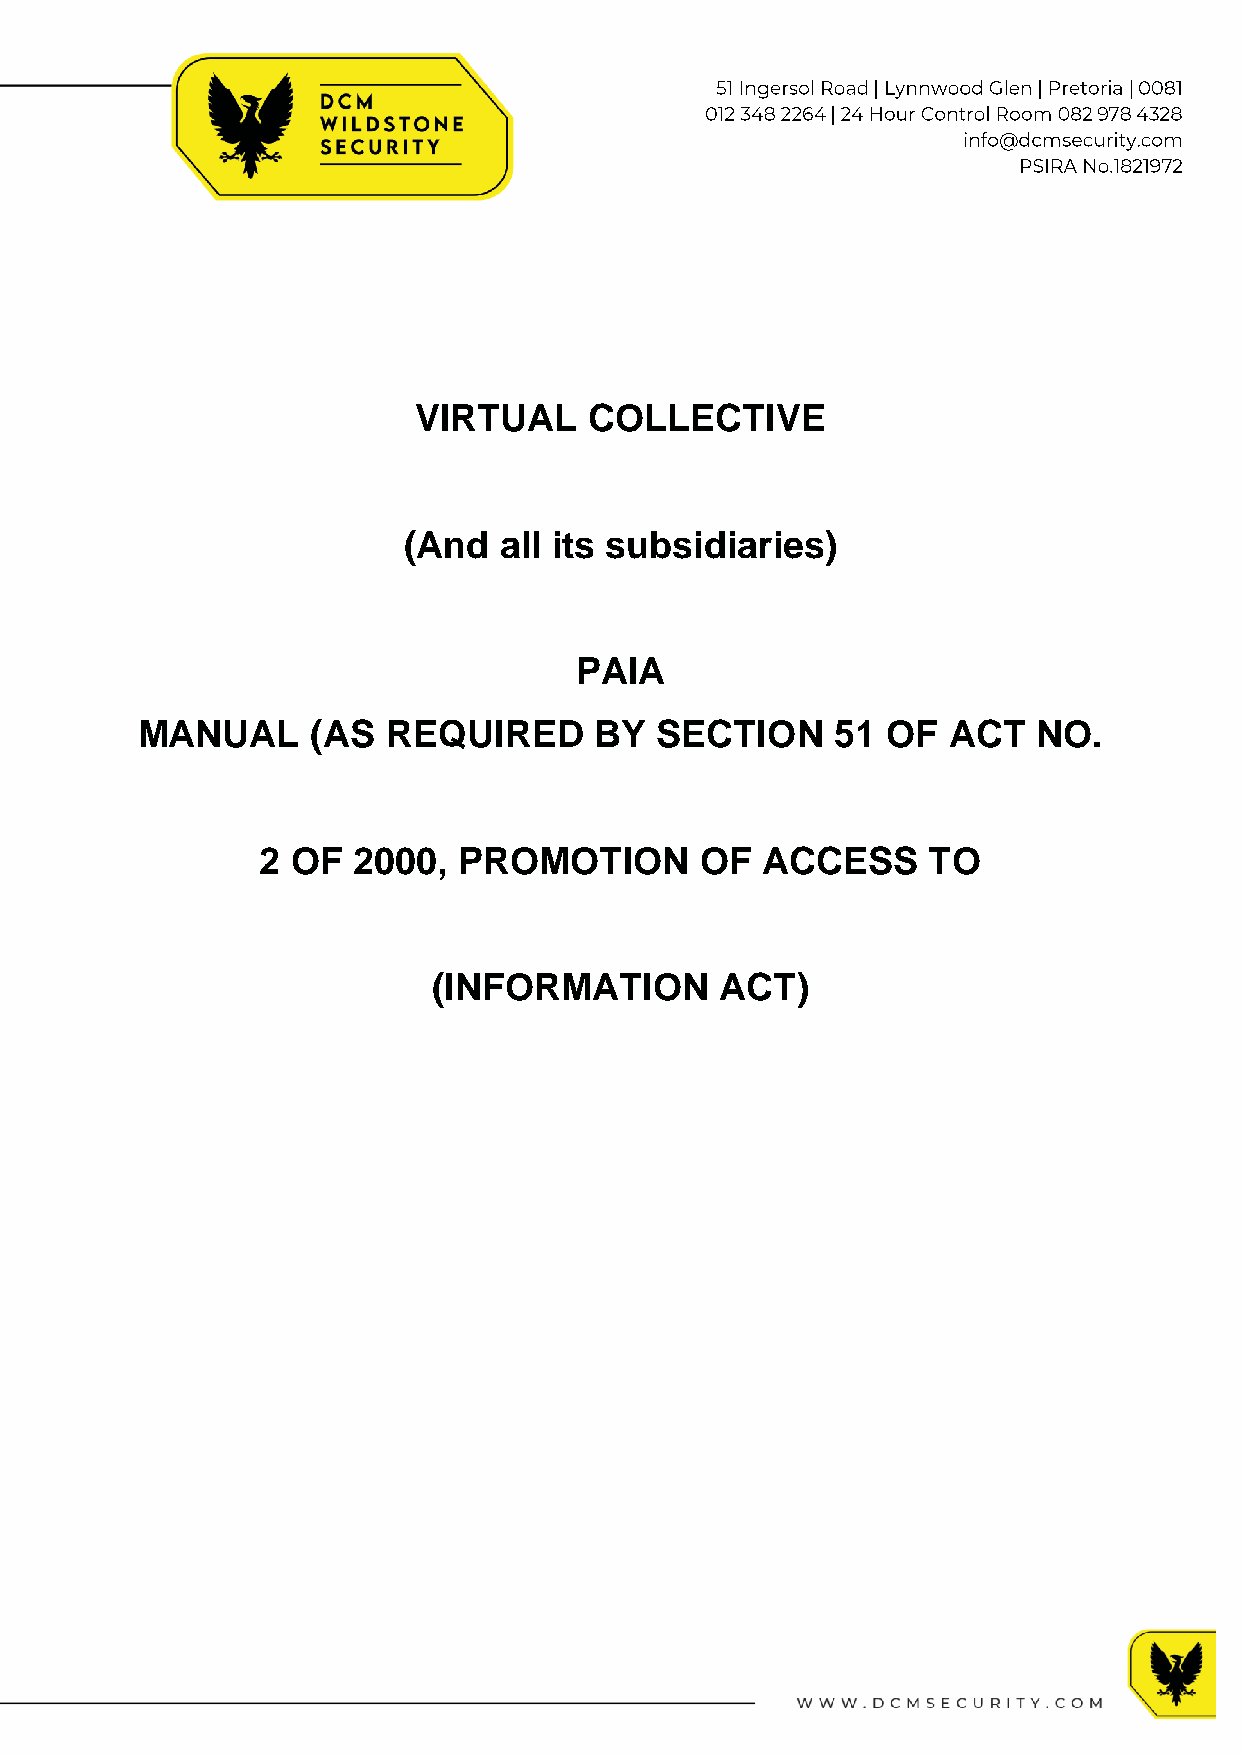
VIRTUAL     COLLECTIVE
 (And  all its subsidiaries)
 PAIA
 MANUAL      (AS  REQUIRED     BY  SECTION     51  OF  ACT   NO.
 2 OF  2000,  PROMOTION       OF  ACCESS     TO
 (INFORMATION       ACT)